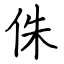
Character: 侏